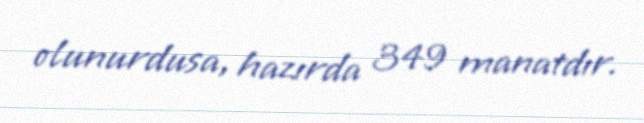
olunurdusa, hazırda 349 manatdır.